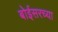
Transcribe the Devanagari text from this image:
बोईसरच्या